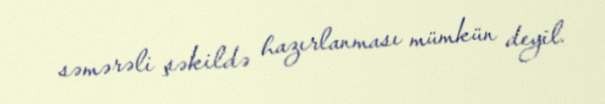
səmərəli şəkildə hazırlanması mümkün deyil.